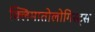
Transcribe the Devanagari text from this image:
क्लिमातोलोगिस्ट्स